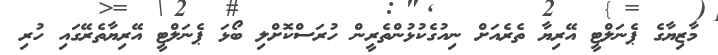
މާޒިޔާގެ ޕެނަލްޓީ އޭރިޔާ ތެރެއަށް ނިއުގެކުޅުންތެރީން ހުރަސްކޮށްލި ބޯޅަ ޕެނަލްޓީ އޭރިޔާތެރޭގައި ހުރި